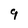
Character: 9